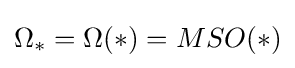
\Omega _{*}=\Omega (*)=MSO(*)